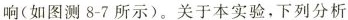
响(如图测8-7所示)。关于本实验，下列分析